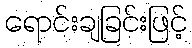
ရောင်းချခြင်းဖြင့်